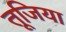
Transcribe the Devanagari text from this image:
तूजिया